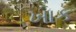
ખાક